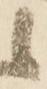
候